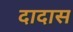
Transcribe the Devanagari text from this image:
दादास